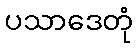
ပသာဒေတုံ